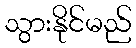
သွားနိုင်မည်